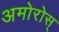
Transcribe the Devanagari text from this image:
अमोरोस्